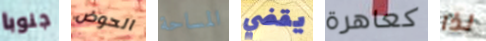
جنوبا الحوض المساحة يقضي كعاهرة لذا